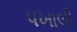
પખાલી